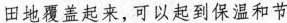
田地覆盖起来，可以起到保温和节水的作用，主要利用了___。